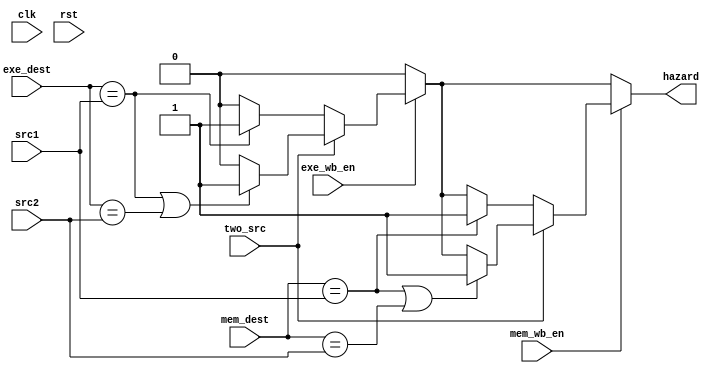
module Hazard_Detection_Unit (
    clk, rst,
    two_src, exe_wb_en, mem_wb_en,
    src1, src2, exe_dest, mem_dest,
    hazard
);
    input clk, rst;
    input two_src, exe_wb_en, mem_wb_en;
    input [3:0] src1, src2, exe_dest, mem_dest;
    output reg hazard;

    always @(two_src, exe_wb_en, mem_wb_en, src1, src2, exe_dest, mem_dest) begin
        hazard = 1'b0;
        if (exe_wb_en == 1'b1) begin
            if (two_src == 1'b1) begin
                if ((exe_dest == src1) || (exe_dest == src2)) begin
                    hazard = 1'b1;
                end
            end
            else begin
                if (exe_dest == src1) begin
                    hazard = 1'b1;
                end 
            end
        end
        if (mem_wb_en == 1'b1) begin
            if (two_src == 1'b1) begin
                if ((mem_dest == src1) || (mem_dest == src2)) begin
                    hazard = 1'b1;
                end
            end
            else begin
                if (mem_dest == src1) begin
                    hazard = 1'b1;
                end 
            end
        end
    end
    
endmodule